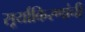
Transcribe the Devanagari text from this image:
सूर्याकिरणांची